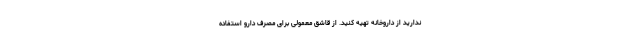
ندارید از داروخانه تهیه کنید. از قاشق معمولی برای مصرف دارو استفاده